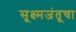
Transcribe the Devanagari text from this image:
सूक्ष्मजंतूचा